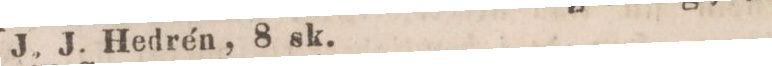
J. J. Hedrén, 8 sk.